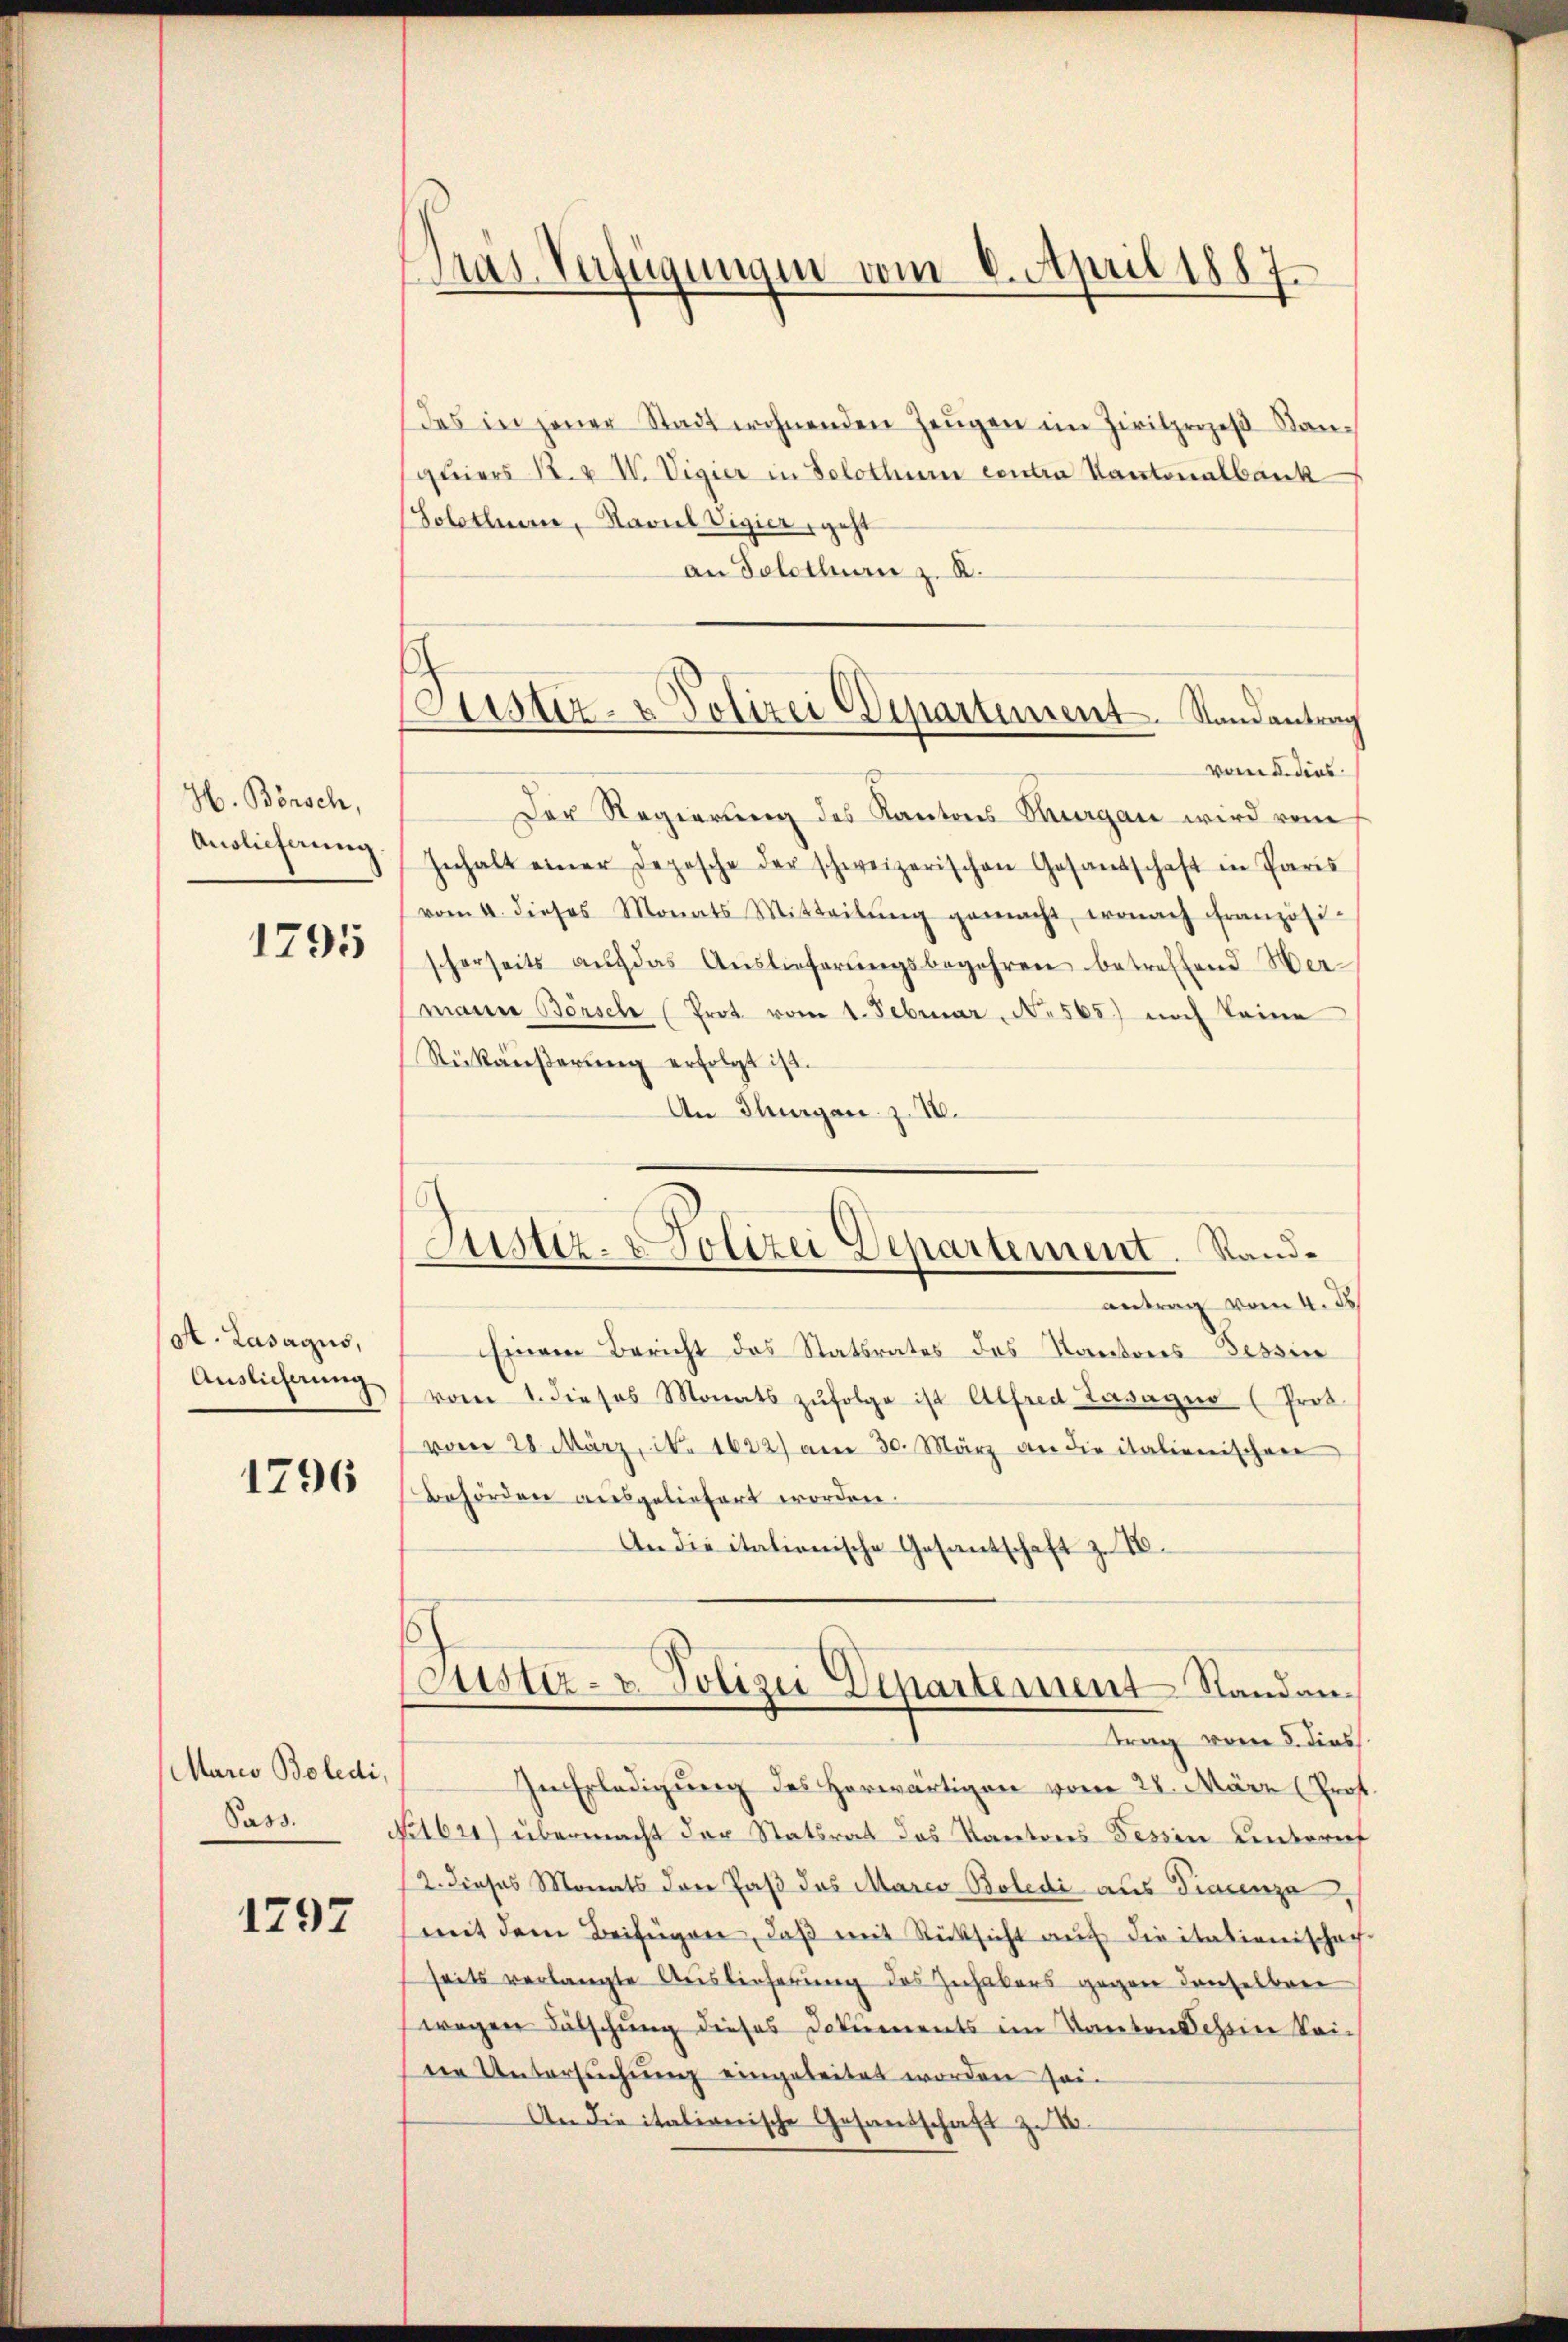
H. Börsch,
Auslieferung.

1795

At. Lasagus,
Auslieferung

1796

Marco Boledi,
Pass

1297

Gras Verfügungen vom 6. April 1887.

Das in jener Stadt wohnenden Zeŭgen im Zivilprozeß Kanquiers R. u. W. Vigier in Solothur contra Kantonalbank
Solothurn, Naviel Vigier, geht
an Solothurn z. B.
vom 5. dies
Der Regierung des Kantons Thurgau wird vom
Gehalt einer Depesche der schweizerischen Gesandschaft in Paris
vom 4. dieses Monats Mitteilŭng gemacht, wonach Französi
scherseits aŭf das Auslieferŭngsbegehren betreffend Wermann Börsch (Prot. vom 1. Februar  N. 565) noch keine
Stückäußerung erfolgt ist.
An Thurgare z. 18.
antrag vom 4. ds.
Einem Bericht des Statsrates des Kantons Tessin
vom 1. dieses Monats zufolge ist Alfred Lasagno (Prot.
vom 28. März, No 1622) am 30. März an die italienischen
Behörden ausgeliefert worden.
An die italionische Gesantschaft z. 16.
Justiz- & Polizei Departement Standantrag vom 8. dies
In Erledigung des Horwärtigen vom 28. März (Prof.
21621) übermacht der Statsrat das Kantons Tessin unterief
12. dieses Monats der Paß das Marco-Boledi aus Tierenze,
mit dem Beifügen, daß mit Rücksicht auf die italienischach-
seits verlangte Auslieferung des Zuhakers gegen denselben
wegen Fälschung dieses Dokuments im Kanton Schein kei-
die Untersuchung eingeleitet worden sei.
An die italionische Gesandschaft z. B.

Sistiz- & Polizei Departement. Stand antrag

Justiz- & Polizei Departement. Stand¬